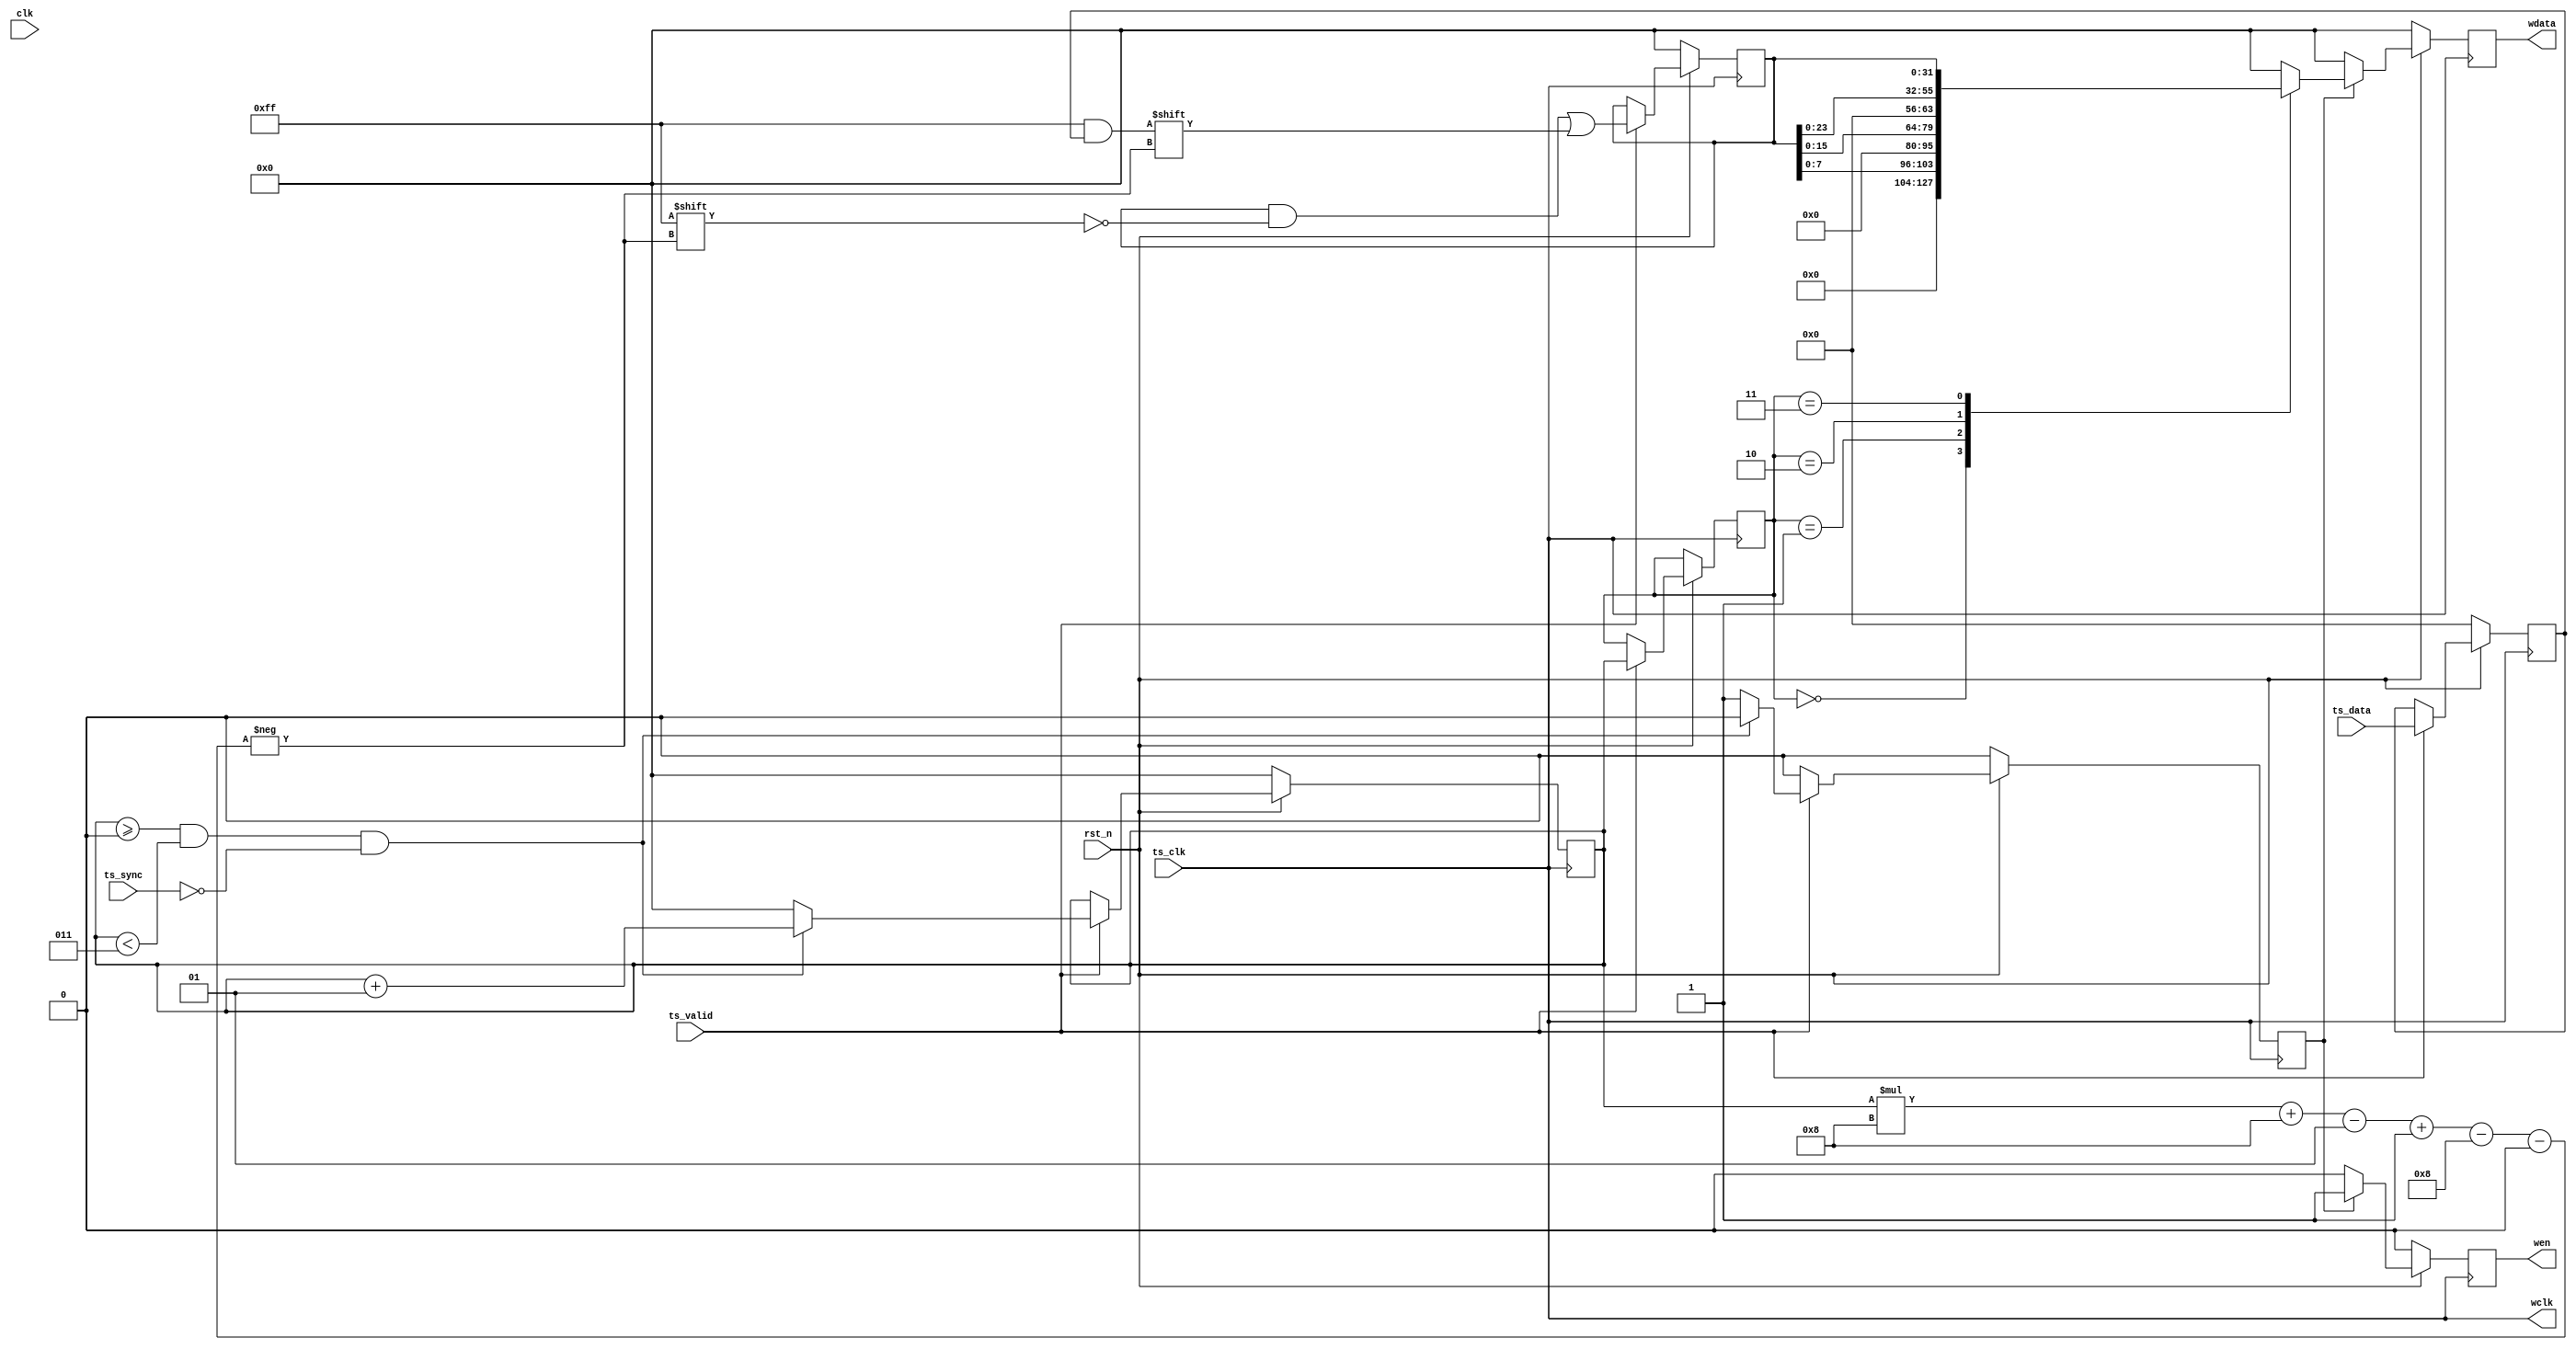
`timescale 1 ns / 1 ps

module tsp_dump_fifo_wrap #(
		parameter integer MPEG_DATA_WIDTH = 8,
		parameter integer C_M_AXIS_TDATA_WIDTH = 32
	)
	(
		input wire rst_n,
		input wire clk,

		input wire ts_clk,
		input wire ts_valid,
		input wire ts_sync,
		input wire [MPEG_DATA_WIDTH - 1 : 0] ts_data,

		output wire wclk,
		output reg wen = 0,
		output reg [C_M_AXIS_TDATA_WIDTH - 1 : 0] wdata = 0
	);

	localparam integer TS_DATA_NUM_PER_WFIFO = C_M_AXIS_TDATA_WIDTH / MPEG_DATA_WIDTH;


	integer buffer_index = 0;
	integer buffer_index_R1 = 0;
	reg [C_M_AXIS_TDATA_WIDTH - 1 : 0] buffer_ts_data = 0;
	reg [MPEG_DATA_WIDTH - 1 : 0] ts_data_R1 = 0;
	reg buffer_valid = 0;

	wire [C_M_AXIS_TDATA_WIDTH - 1 : 0] current_endpos;
	assign current_endpos = buffer_index * MPEG_DATA_WIDTH + MPEG_DATA_WIDTH - 1;

	assign wclk = ts_clk;
	
	//buffer mpeg data to 32 bit
	always @(posedge ts_clk) begin
		if(rst_n == 0) begin
			ts_data_R1 <= 0;

			buffer_ts_data <= 0;
			buffer_index <= 0;
			buffer_valid <= 0;
		end
		else begin
			buffer_valid <= 0;
			if(ts_valid == 1) begin
				ts_data_R1 <= ts_data;
				buffer_index_R1 <= buffer_index;
				buffer_ts_data[current_endpos -: MPEG_DATA_WIDTH] <= ts_data_R1;

				if((buffer_index >= 0) && (buffer_index < TS_DATA_NUM_PER_WFIFO - 1) && (ts_sync == 0)) begin
					buffer_index <= buffer_index + 1;
				end
				else begin
					buffer_index <= 0;
					buffer_valid <= 1;
				end
			end
			else begin
			end
		end
	end

	always @(posedge ts_clk) begin
		if(rst_n == 0) begin
			wen <= 0;
			wdata <= 0;
		end
		else begin
			wen <= 0;
			wdata <= 0;

			if(buffer_valid == 1) begin
				case(buffer_index_R1)
					0: begin
						wdata <= {{(C_M_AXIS_TDATA_WIDTH - 1 * MPEG_DATA_WIDTH){1'b0}}, buffer_ts_data[( 1 * MPEG_DATA_WIDTH - 1) : 0]};
					end
					1: begin
						wdata <= {{(C_M_AXIS_TDATA_WIDTH - 2 * MPEG_DATA_WIDTH){1'b0}}, buffer_ts_data[( 2 * MPEG_DATA_WIDTH - 1) : 0]};
					end
					2: begin
						wdata <= {{(C_M_AXIS_TDATA_WIDTH - 3 * MPEG_DATA_WIDTH){1'b0}}, buffer_ts_data[( 3 * MPEG_DATA_WIDTH - 1) : 0]};
					end
					3: begin
						wdata <= buffer_ts_data;
					end
					default: begin
					end
				endcase

				wen <= 1;
			end
			else begin
			end
		end
	end
endmodule